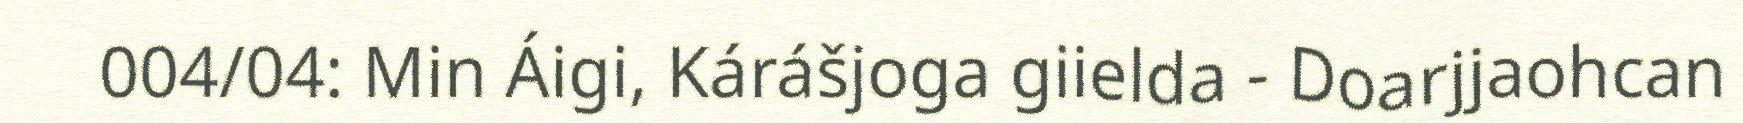
004/04: Min Áigi, Kárášjoga giielda - Doarjjaohcan